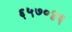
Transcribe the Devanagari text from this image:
६५७०४६